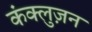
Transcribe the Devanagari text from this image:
कंक्लुज़न